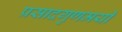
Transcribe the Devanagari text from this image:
प्रसादगुणमयी